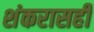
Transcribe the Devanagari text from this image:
शंकरासही